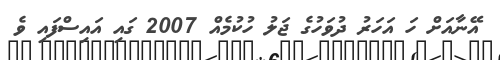
އޭނާއަށް ހަ އަހަރު ދުވަހުގެ ޖަލު ހުކުމެއް 2007 ގައި އައިސްފައި ވެ